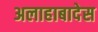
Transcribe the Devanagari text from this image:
अलाहाबादेस